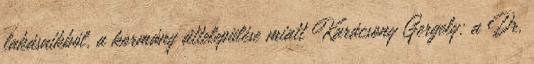
lakásaikból, a kormány áttelepülése miatt Karácsony Gergely: a Dr.